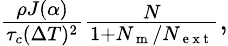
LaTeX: \begin{array}{r}{\frac{\rho J(\alpha)}{\tau_{c}(\Delta T)^{2}}\frac{N}{1+N_{\mathrm{~m~}}/N_{\mathrm{~e~x~t~}}},}\end{array}